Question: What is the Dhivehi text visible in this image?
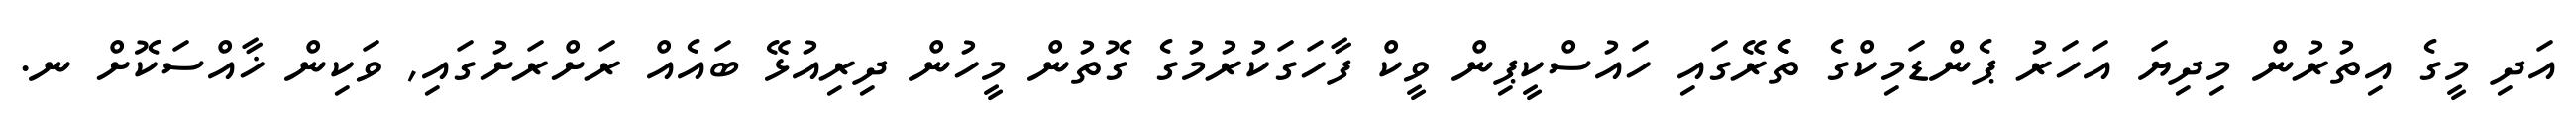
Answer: އަދި މީގެ އިތުރުން މިދިޔަ އަހަރު ޕެންޑަމިކްގެ ތެެރޭގައި ހައުސްކީޕިން ވީކް ފާހަގަކުރުމުގެ ގޮތުން މީހުން ދިރިއުޅޭ ބައެއް ރަށްރަށުގައި, ވަކިން ޚާއްސަކޮށް ނ.